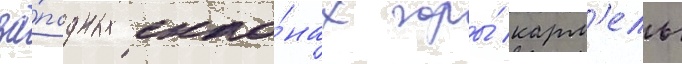
за́падных скло́нах горы́ карм'ель